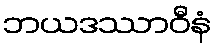
ဘယဒဿာဝီနံ